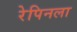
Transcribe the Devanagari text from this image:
रेपिनला